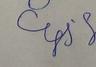
Signature authenticity: forged